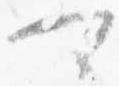
可